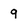
Character: 9